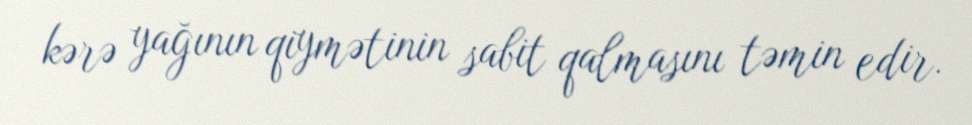
kərə yağının qiymətinin sabit qalmasını təmin edir.